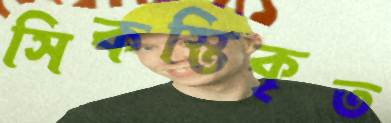
সিকস্তিকৃত